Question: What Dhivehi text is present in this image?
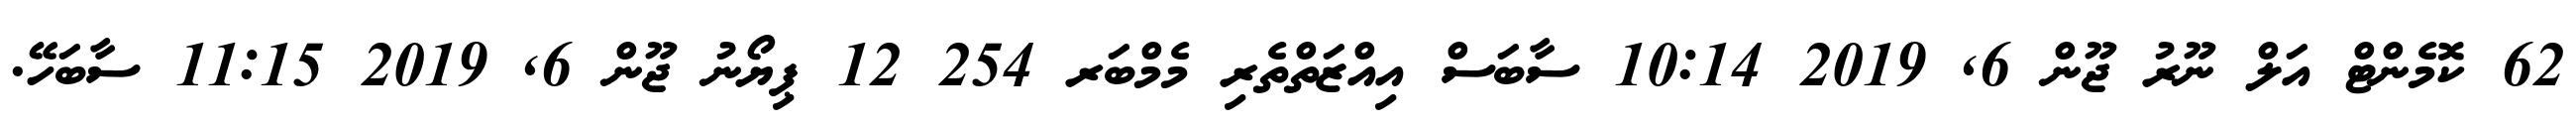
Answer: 62 ކޮމެންޓް އަލް ނޫރު ޖޫން 6, 2019 10:14 ސާބަސް އިއްޒަތްތެރި މެމްބަރ 254 12 ޕިޔޯނު ޖޫން 6, 2019 11:15 ސާބަހޭ.